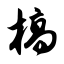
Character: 槁